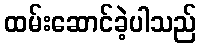
ထမ်းဆောင်ခဲ့ပါသည်